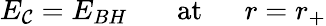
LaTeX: E_{\mathcal{C}}=E_{BH}\ \ \ \ \ \ \ \mathrm{{at}}\ \ \ \ \ \ r=r_{+}